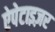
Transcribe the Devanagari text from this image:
ऐपेटाइज़र